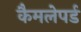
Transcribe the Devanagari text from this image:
कैमलेपर्ड